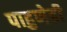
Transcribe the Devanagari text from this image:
पाहुणेही